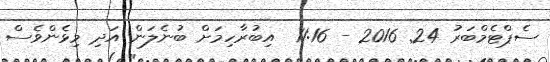
ސެޕްޓެމްބަރު 24